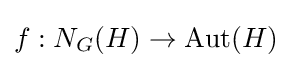
f:N_{G}(H)\rightarrow \operatorname {Aut} (H)